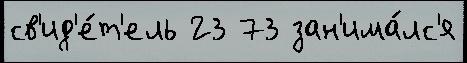
св'ид'е́т'ель 23 73 зан'има́лс'я